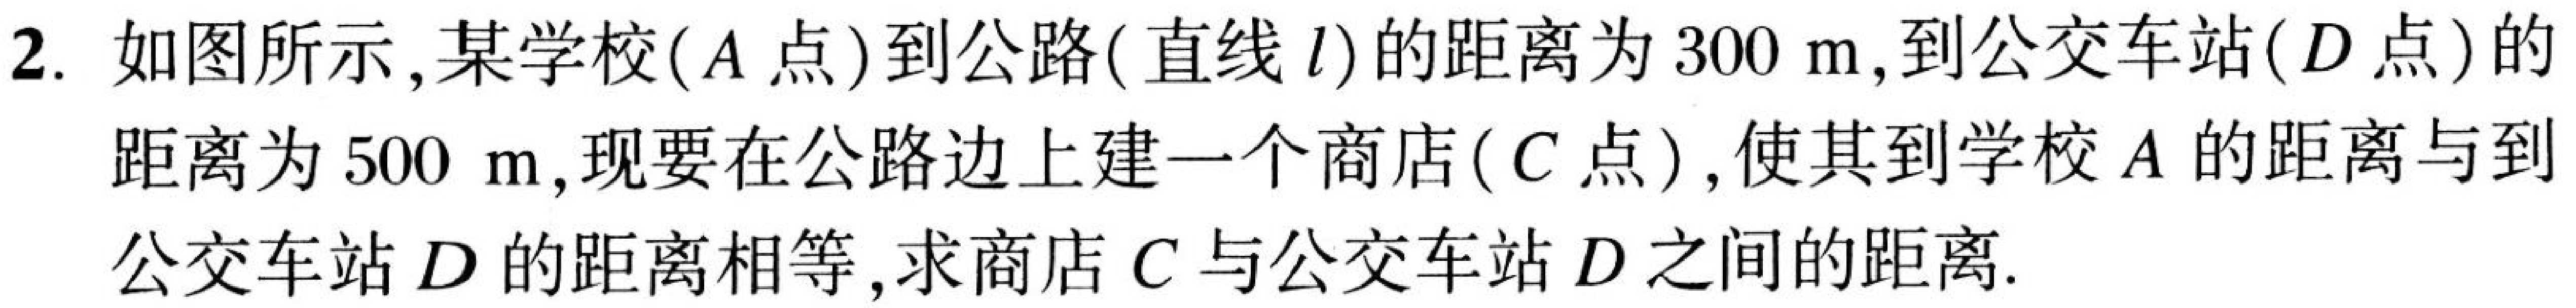
2. 如图所示,某学校(\(A\)点)到公路(直线 \(l\))的距离为 \(300\mathrm{ m}\),到公交车站(\(D\)点)的
距离为 \(500\mathrm{ m}\),现要在公路边上建一个商店(\(C\)点),使其到学校 \(A\) 的距离与到
公交车站 \(D\) 的距离相等,求商店 \(C\) 与公交车站 \(D\) 之间的距离.